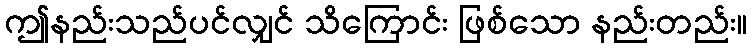
ဤနည်းသည်ပင်လျှင် သိကြောင်း ဖြစ်သော နည်းတည်း။